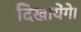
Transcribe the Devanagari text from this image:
दिखायेंगे।